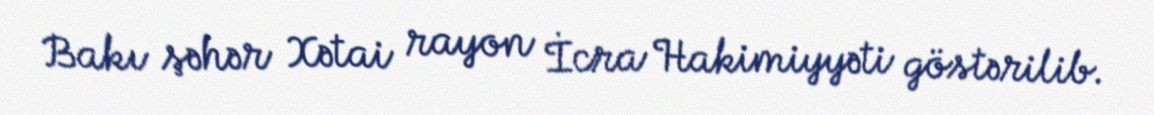
Bakı şəhər Xətai rayon İcra Hakimiyyəti göstərilib.